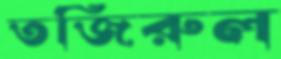
তজিরুল